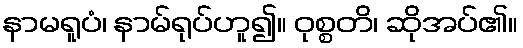
နာမရူပံ၊ နာမ်ရုပ်ဟူ၍။ ဝုစ္စတိ၊ ဆိုအပ်၏။